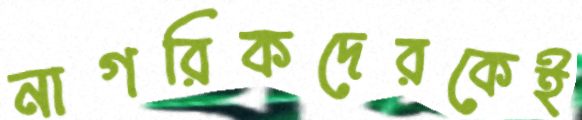
নাগরিকদেরকেই